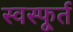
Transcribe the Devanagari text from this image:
स्वस्फूर्त